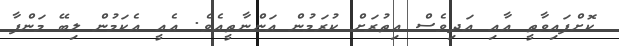
ކޮށްފައިވާތީ އާއި އަދިވެސް އިތުރަށް ކުރަމުން އަންނާތީއެވެ. އެއީ އެކަމުން ލިބޭ މަންފާ